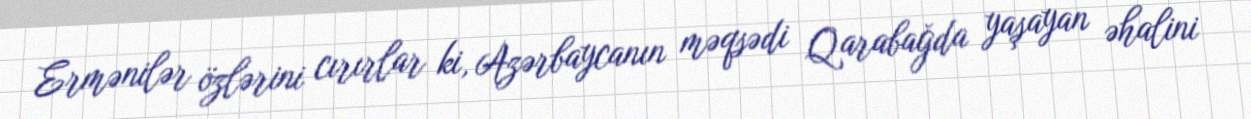
Ermənilər özlərini cırırlar ki, Azərbaycanın məqsədi Qarabağda yaşayan əhalini